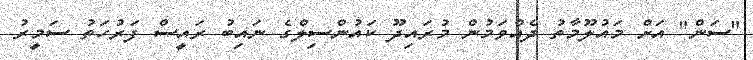
"ސަން" އަށް މައުލޫމާތު ދެއްވަމުން މުރައިދޫ ކައުންސިލްގެ ނައިބު ރައީސް ފަރުހަތު ސަމީރު